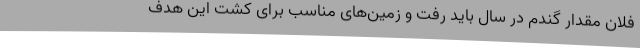
فلان مقدار گندم در سال باید رفت و زمین‌های مناسب برای کشت این هدف